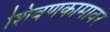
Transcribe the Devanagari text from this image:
शिवणकामावर